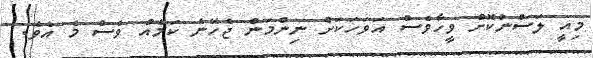
މިއީ ލަސްނުކޮށް ވީހާވެސް އަވަހަކަށް ނިންމަން ޖެހޭނެ ކަމެއް ވެސް މެ އެވެ.